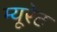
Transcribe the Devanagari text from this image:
म्यूरेट